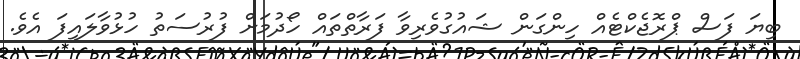
ބިޔަ ފަސް ޕްރޮޖެކްޓެއް ހިންގަން ޝައުގުވެރިވާ ފަރާތްތައް ހޯދުމަށް ފުރުސަތު ހުޅުވާލައިފަ އެވެ.